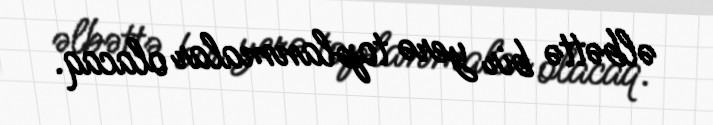
əlbəttə bir yerə toplanmalar olacaq.